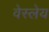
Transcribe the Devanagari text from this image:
वेस्लेय